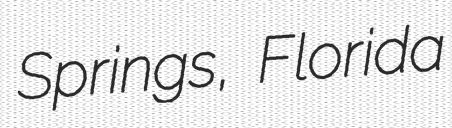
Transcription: Springs, Florida